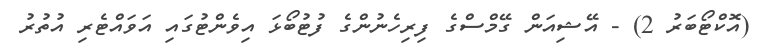
(އޮކްޓޯބަރު 2) - އޭޝިއަން ގޭމްސްގެ ފިރިހެނުންގެ ފުޓުބޯޅަ އިވެންޓުގައި އަވައްޓެރި އުތުރު